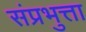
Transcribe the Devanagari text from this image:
संप्रभुत्ता